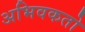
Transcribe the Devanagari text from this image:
अभिवकतो